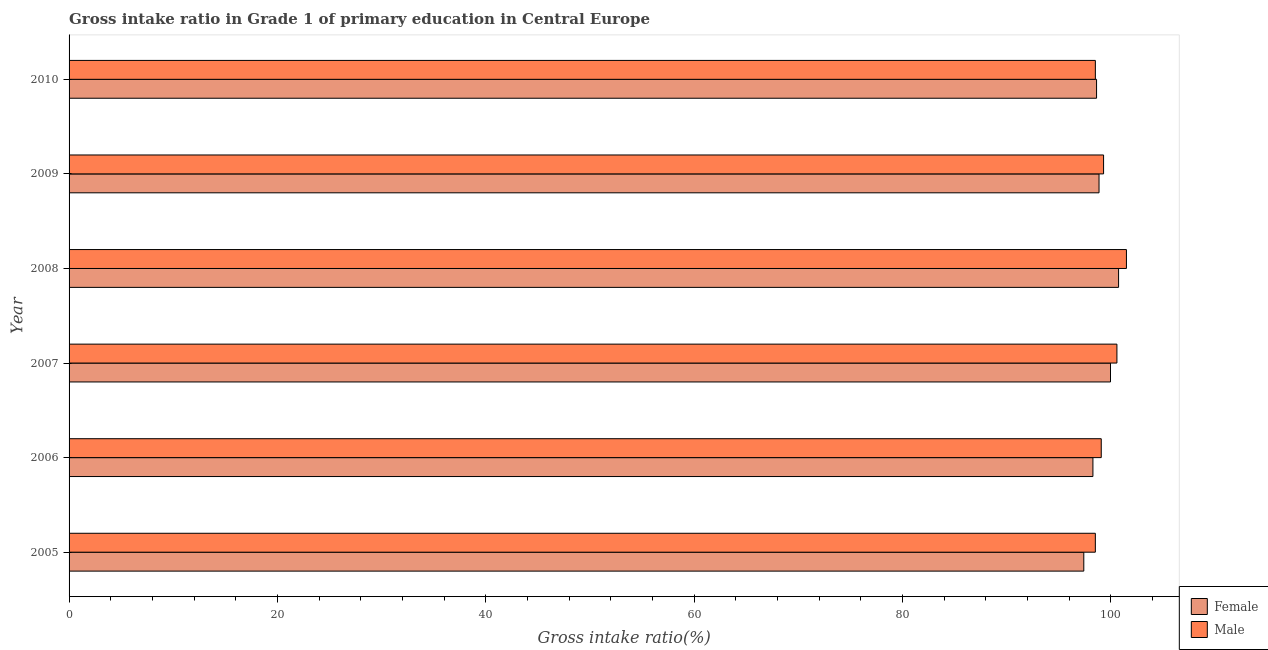
| Year | Female | Male |
 | --- | --- | --- |
 | 2005 | 97.4 | 98.5 |
 | 2006 | 98.3 | 99.1 |
 | 2007 | 100 | 101 |
 | 2008 | 101 | 101 |
 | 2009 | 98.9 | 99.3 |
 | 2010 | 98.6 | 98.5 |